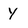
Character: Y